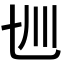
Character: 𰀋